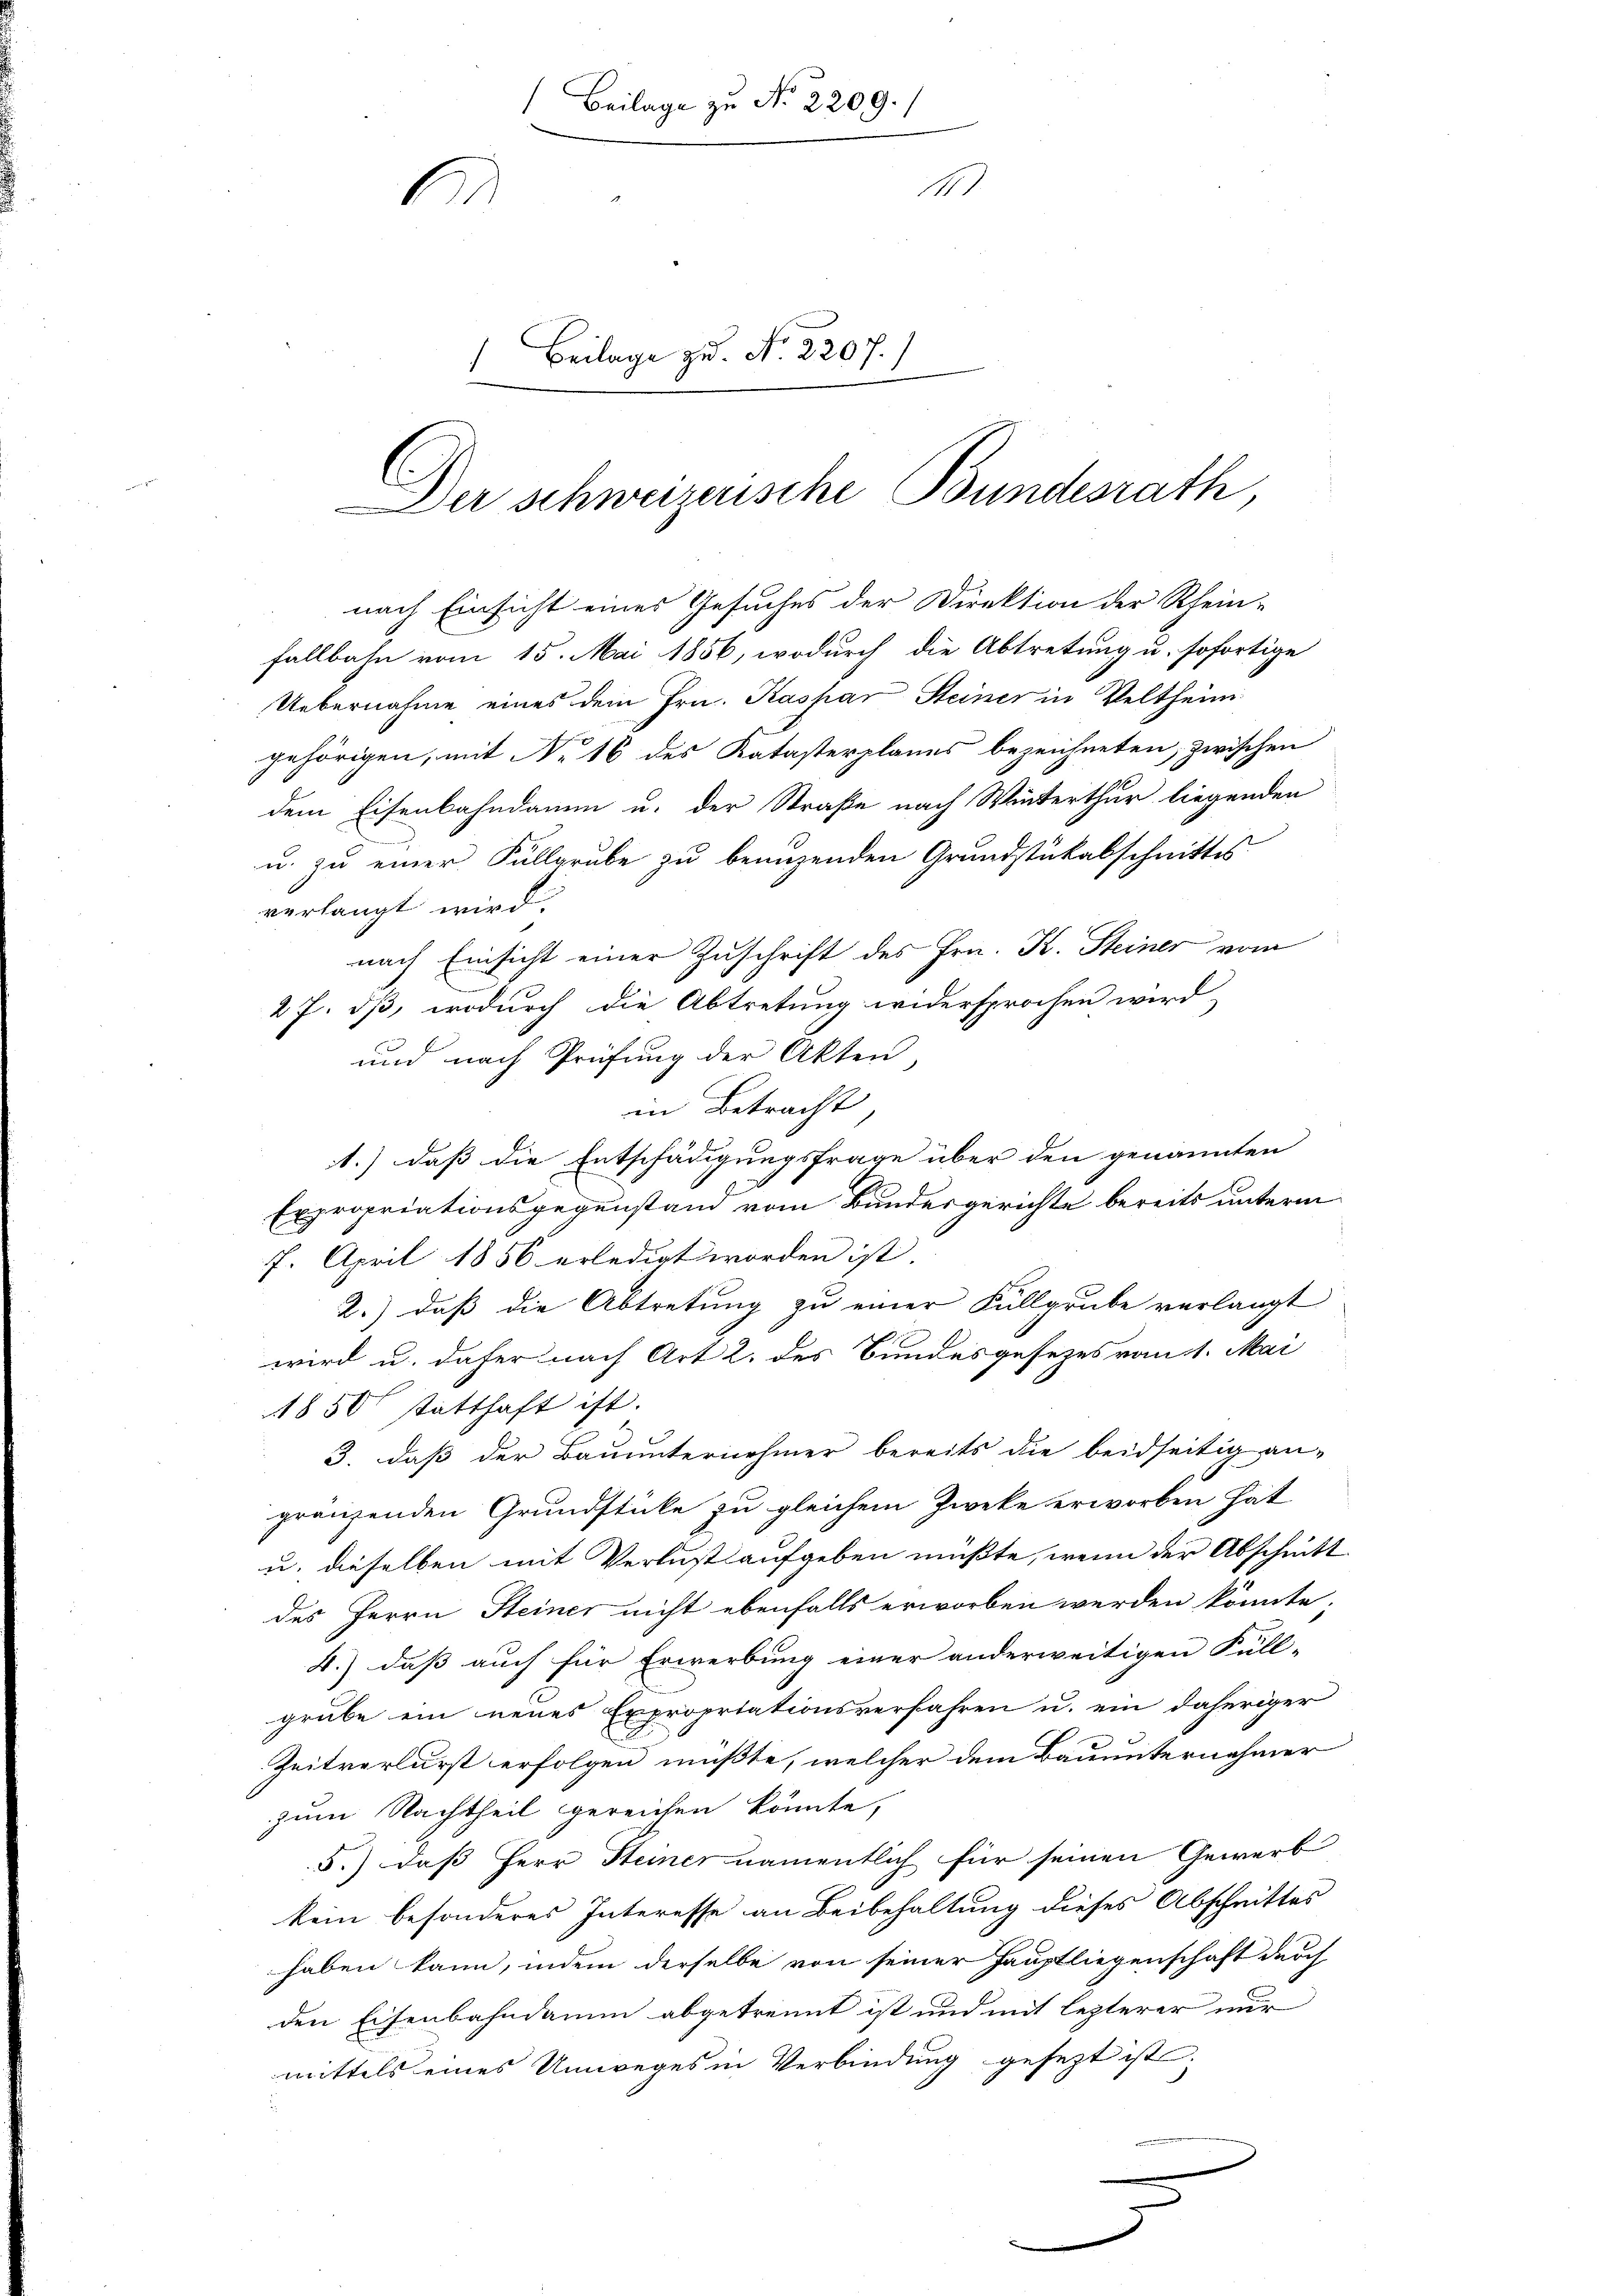
Beilage zu No 2209.
11
1
Beilage zu. No. 2207.)

Der schweizerische Bundesrath,

nach Einsicht eines Gesuches der Direktion der Rhein-
Fallbahn vom 15. Mai 1856, wodurch die Abtretung u. sofortige
Uebernahme eines dem Hrn. Kaspar Steiner in Veltheim
gehörigen, mit No 16 des Katasterplanes bezeichneten, zwischen
dem Eisenbahndamm u. der Straße nach Winterthur liegenden
u. zu einer Füllgrube zu benuzenden Grundstükabschnittes
verlangt wird.
nach Einsicht einer Zuschrift des Hrn. K. Steiner vom
27. dß, wodurch die Abtretung widersprochen wird,
und nach Prüfung der Akten,
in Betracht
1.) daß die Entschädigungsfrage über den genannten
Expropriationsgegenstand vom Bundesgerichte bereits unterm
7. April 1856 erledigt worden ist
2.) daß die Abtretung zu einer Füllgrube verlangt
wird u. daher nach Art 2. des Bundesgesezes vom 1. Mai
1850 statthaft ist.
3. daß der Bauunternehmer bereits die beidseitig an-
gränzenden Grundstücke zu gleichem Zweke erworben hat
u. dieselben mit Verlust aufgeben müßte, wenn der Abschnitt
des Herrn Steiner nicht ebenfalls erworben werden könnte.
4.) daß auch für Erwerbung einer anderweitigen Füll-
grube ein neues Expropriationsverfahren u. ein daheriger
Zeitverlurst erfolgen mußte, welcher dem Bauunternehmer
zum Nachtheil gereichen könnte,
5.) Das Herr Steiner namentlich für seinen Gewerb
kein besonderes Interesse an Beibehaltung dieses Abschnittes
haben kann, indem derselbe von seiner Hauptliegenschaft durch
den Eisenbahndamm abgetrennt ist und mit lezterer nur
mittels eines Umweges in Verbindung gesezt ist;
.